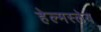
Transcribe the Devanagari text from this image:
हेल्मस्लेय